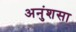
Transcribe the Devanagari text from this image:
अनुंशसा